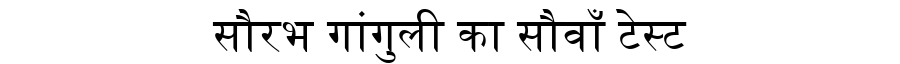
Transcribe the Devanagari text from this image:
सौरभ गांगुली का सौवाँ टेस्ट